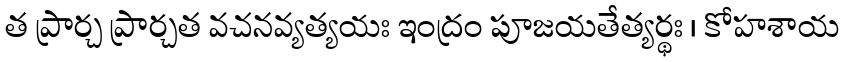
త ప్రార్చ ప్రార్చత వచనవ్యత్యయః ఇంద్రం పూజయతేత్యర్థః । కోహశాయ